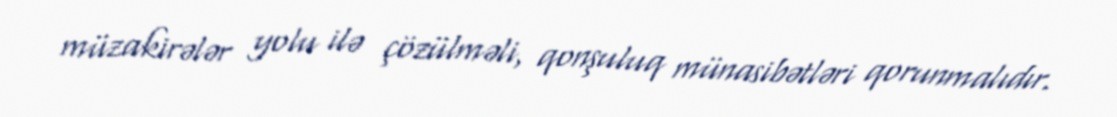
müzakirələr yolu ilə çözülməli, qonşuluq münasibətləri qorunmalıdır.